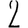
Digit: 2